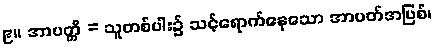
၉။ အာပတ္တိ = သူတစ်ပါး၌ သင့်ရောက်နေသော အာပတ်အပြစ်၊